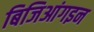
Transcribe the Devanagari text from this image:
बिजिआंगइन